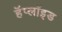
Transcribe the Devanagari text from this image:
हॅप्लॉइड